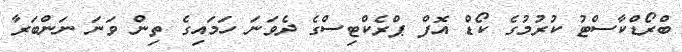
ބްރޯޑްކާސްޓު ކުރުމުގެ ކޯޑް އޮފް ޕްރެކްޓިސްގެ ދެވަނަ ހަމައިގެ ތިން ވަނަ ނަންބަރާ